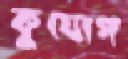
কুযোগ